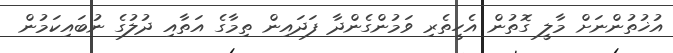
އުޚުތުންނަށް މާލީ ގޮތުން އެހީތެރި ވަމުންގެންދާ ފަދައިން ތިމާގެ އަތާއި ދުލުގެ ނުބައިކަމުން